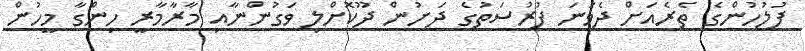
ފުލުހުންގެ ތެރެއަށް ދެވަނަ ފުރުސަތުގެ ދަށުން ދޫކޮށްލި ވަގުންނާއި މާރާމާރީ ހިންގާ މީހުން